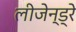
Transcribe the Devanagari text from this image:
लीजेन्ड्रे